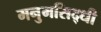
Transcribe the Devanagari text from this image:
मनुमसिद्धी